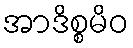
အာဒိစ္စမိဝ